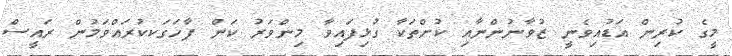
މީގެ ކުރިން އަޑުއިވެނީ ޒުވާނުންނާއި ކުށްތަކާ ގުޅިފައިވާ މިންވަރު ކަން ފާހަގަކކުރައްވަމުން ރައީސް